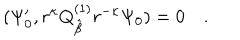
( \Psi _ { 0 } ^ { \prime } , r ^ { \kappa } Q _ { \hat { \beta } } ^ { ( 1 ) } r ^ { - \kappa } \Psi _ { 0 } ) = 0 \quad .